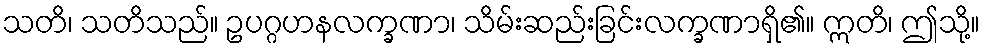
သတိ၊ သတိသည်။ ဥပဂ္ဂဟနလက္ခဏာ၊ သိမ်းဆည်းခြင်းလက္ခဏာရှိ၏။ ဣတိ၊ ဤသို့။